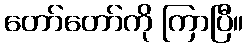
တော်တော်ကို ကြာပြီ။